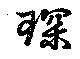
琛